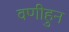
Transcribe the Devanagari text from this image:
वणीहुन